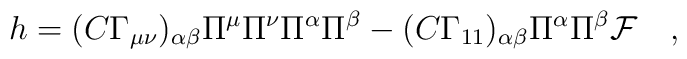
h=(C\Gamma_{\mu\nu})_{\alpha\beta}\Pi^\mu\Pi^\nu\Pi^\alpha\Pi^\beta    -(C\Gamma_{11})_{\alpha\beta}\Pi^\alpha\Pi^\beta {\cal F}                         \quad ,